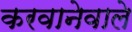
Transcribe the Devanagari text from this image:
करवानेवाले